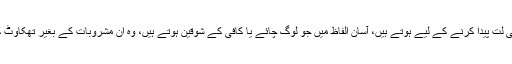
کچھ طبی رپورٹس کے مطابق کیفین کے فوائد درحقیقت ان گرم مشروبات کی لت پیدا کرنے کے لیے ہوتے ہیں، آسان الفاظ میں جو لوگ چائے یا کافی کے شوقین ہوتے ہیں، وہ ان مشروبات کے بغیر تھکاوٹ کے شکار اور کاموں پر توجہ مرکوز کرنے سے قاصر محسوس کریں گے۔